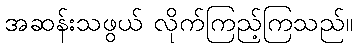
အဆန်းသဖွယ် လိုက်ကြည့်ကြသည်။